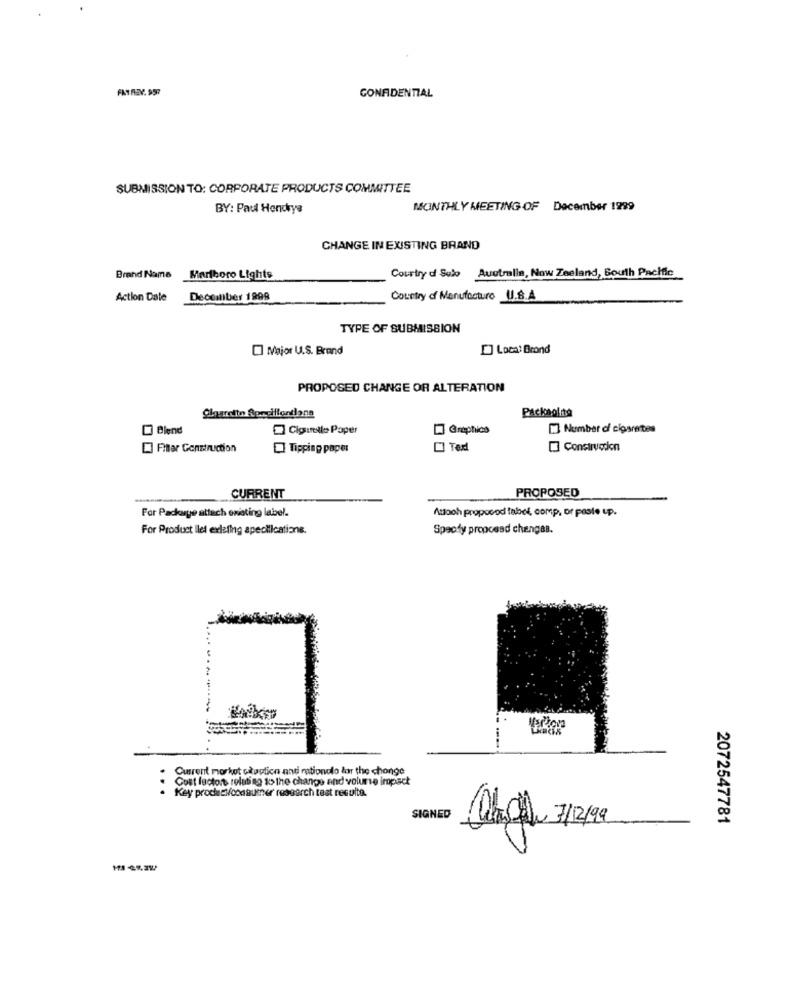
CONFIDENTIAL
SUBMISSION TO: CORPORATE PRODUCTS COMMITTEE
BY: Paul Hendrys
MONTHLY MEETING OF December 1299
CHANGE IN EXISTING BRAND
Courtry d Subo Australia, Now Zeeland, South Pacific
Brand Name
Marlboro Lights
Action Date
December 1998
Country d Manufacture U.S.A
TYPE OF SUBMISSION
Major U.S. Brand
[] Loca: Brand
PROPOSED CHANGE OR ALTERATION
Packaolite
Blend
Cigurlo Paper
[] Number of cigaretes
Pitar Construction
Tipping paper
[] Construccion
CURRENT
PROPOSED
Auoch proposod tabel, comp, or poste up.
For Package attach owiating label.
For Product llet exleling speciilcations.
Spacdy proocesd changas.
Current market cataptica anti rationalo for the change
Cost factort relating to the change and volume impact
Key prochecionasumer research test resulta.
SIGNED
2072547781
aligha 712199